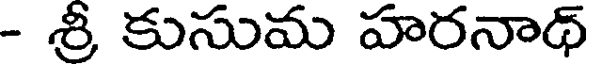
- శ్రీ కుసుమ హరనాథ్